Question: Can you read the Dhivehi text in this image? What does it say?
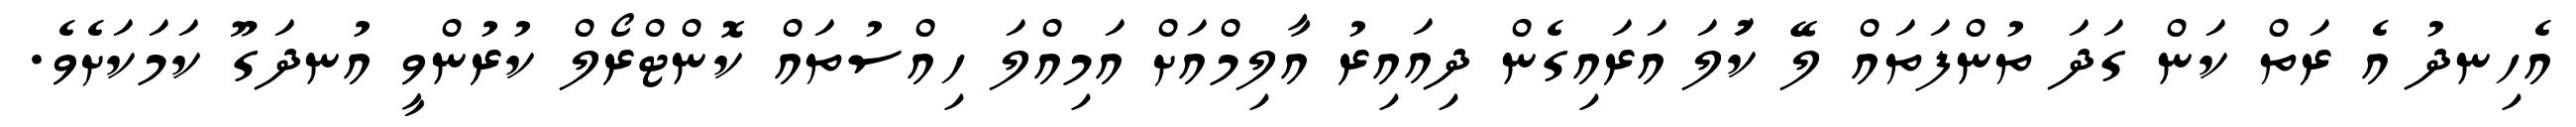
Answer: އެހިނދު އެ ރަތް ކަން ގަދަ ތުންފަތައް ލޭ ކުަލަ އަރައިގެން ދިއައިރު އާލިމްއަށް އަމިއްލަ ހިއްސުތައް ކޮންޓްރޯލް ކުރުންވީ އުނދަގޫ ކަމަކަށެވެ.